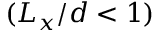
( L _ { x } / d < 1 )